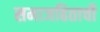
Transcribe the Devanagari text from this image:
समाजहिताची